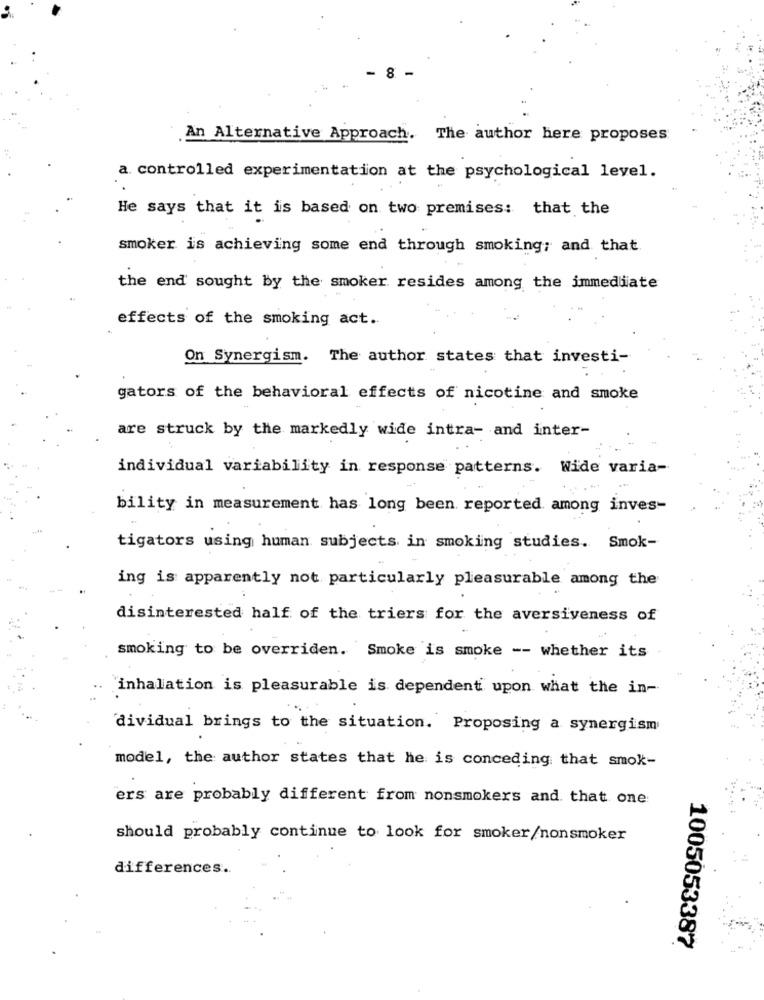
8
An Alternative Approach. The author here proposes
a controlled experimentation at the psychological level.
He says that it is based on two premises: that the
smoker is achieving some end through smoking; and that.
the end sought by the smoker resides among the immediate
effects of the smoking act.
On Synergism. The author states that investi-
gators of the behavioral effects of nicotine and smoke
are struck by the markedly wide intra- and inter-
individual variability in response patterns. Wide varia-
bility in measurement has long been reported among inves-
tigators using human subjects in smoking studies. Smok-
ing is apparently not particularly pleasurable among the
disinterested half of the triers for the aversiveness of
smoking to be overriden. Smoke is smoke -- whether its
inhalation is pleasurable is dependent upon what the in-
dividual brings to the situation. Proposing a synergism
model, the author states that he is conceding that smok-
ers are probably different from nonsmokers and that one
should probably continue to look for smoker/nonsmoker
differences ..
1005053387